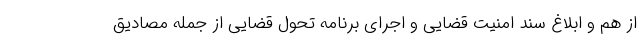
از هم و ابلاغ سند امنیت قضایی و اجرای برنامه تحول قضایی از جمله مصادیق